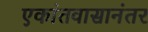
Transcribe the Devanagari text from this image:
एकांतवासानंतर